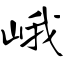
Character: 峨